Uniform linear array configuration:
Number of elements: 12
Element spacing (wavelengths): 0.25
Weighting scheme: kaiser
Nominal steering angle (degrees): -30
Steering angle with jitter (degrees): -30.126
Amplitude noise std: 0.05
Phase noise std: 0.05

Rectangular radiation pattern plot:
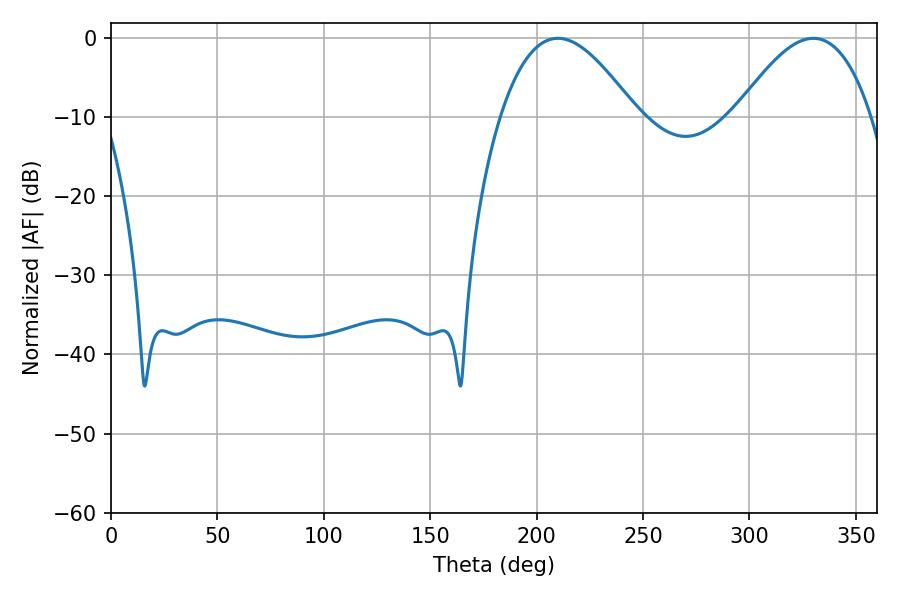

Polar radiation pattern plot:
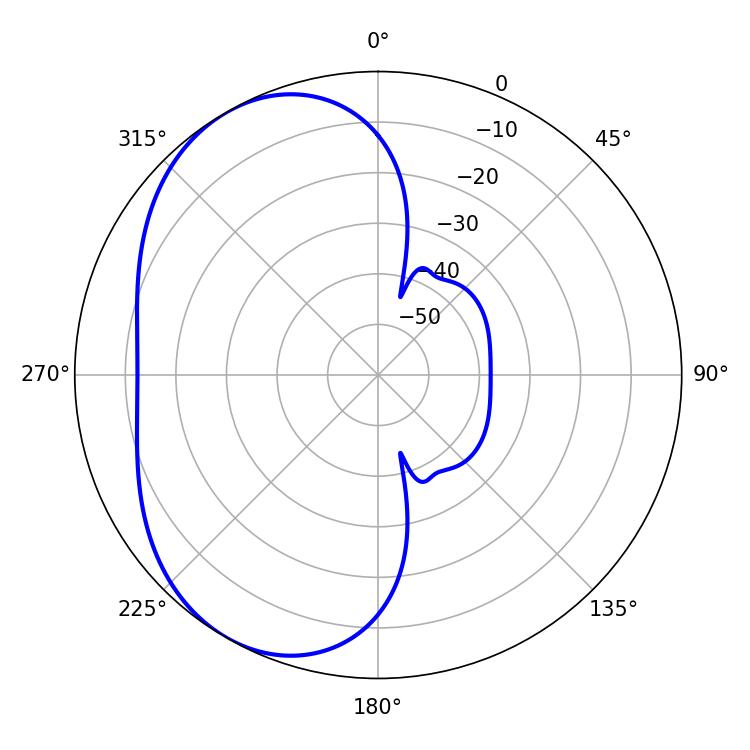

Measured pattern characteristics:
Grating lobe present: FALSE
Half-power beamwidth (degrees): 34.74
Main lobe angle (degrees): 210.06